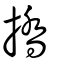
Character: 撟